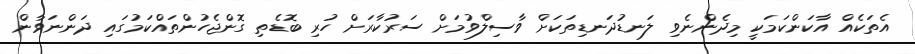
އެތަކެއް އާކަންކަމަކީ މިދެންނެވި ލަނޑުދަނޑިތަކަށް ވާސިލްވުމަށް ސަރުކާރަށް ހުރި ބޮޑެތި ގޮންޖެހުންތައްކަމުގައި ދަންނަވާން